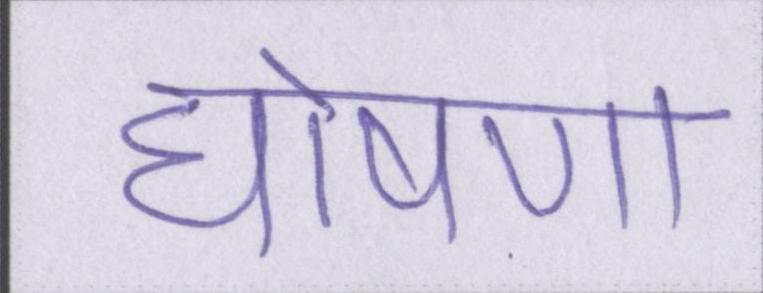
घोषणा